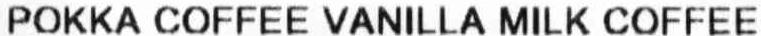
POKKA COFFEE VANILLA MILK COFFEE